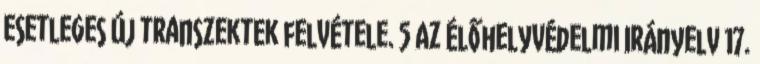
esetleges új transzektek felvétele. 5 Az Élőhelyvédelmi Irányelv 17.